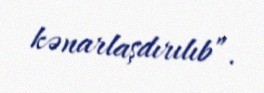
kənarlaşdırılıb”.